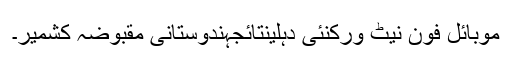
موبائل فون نیٹ ورکنئی دہلینتائجہندوستانی مقبوضہ کشمیر۔